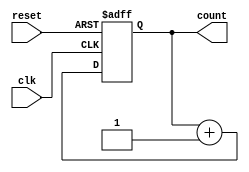
module synchronous_up_counter (
    input wire clk,
    input wire reset,
    output reg [3:0] count
);

always @(posedge clk or posedge reset)
begin
    if (reset)
    begin
        count <= 4'b0;
    end
    else
    begin
        count <= count + 4'b1;
    end
end

endmodule